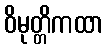
ဝိမုတ္တိကထာ